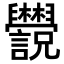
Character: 𬜄